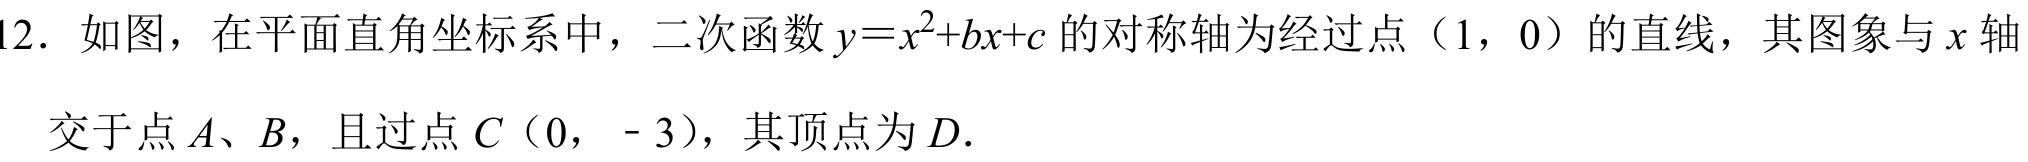
12．如图，在平面直角坐标系中，二次函数\(y = x^{2}+bx + c\)的对称轴为经过点（1，0）的直线，其图象与\(x\)轴
交于点\(A\)、\(B\)，且过点\(C\)（0， - 3），其顶点为\(D\).